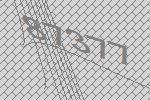
87377